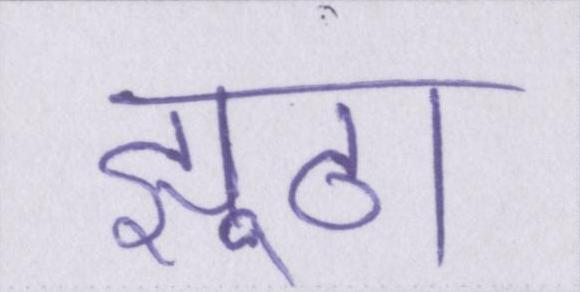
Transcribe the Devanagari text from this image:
झूठा